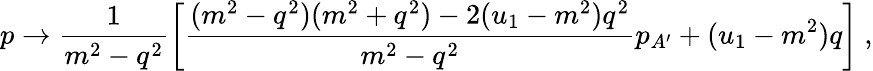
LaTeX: p\rightarrow\frac{1}{m^{2}-q^{2}}\left[\frac{(m^{2}-q^{2})(m^{2}+q^{2})-2(u_{1}-m^{2})q^{2}}{m^{2}-q^{2}}p_{A^{\prime}}+(u_{1}-m^{2})q\right]~,